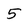
Character: 5